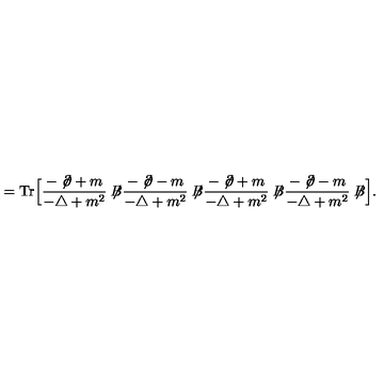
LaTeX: = \mathrm { T r } \Big [ \frac { - \not { \! \partial } + m } { - \triangle + m ^ { 2 } } \not { \! \! B } \frac { - \not { \! \partial } - m } { - \triangle + m ^ { 2 } } \not { \! \! B } \frac { - \not { \! \partial } + m } { - \triangle + m ^ { 2 } } \not { \! \! B } \frac { - \not { \! \partial } - m } { - \triangle + m ^ { 2 } } \not { \! \! B } \Big ] .